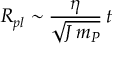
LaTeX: R _ { p l } \sim \frac { \eta } { \sqrt { J \, m _ { P } } } \, t